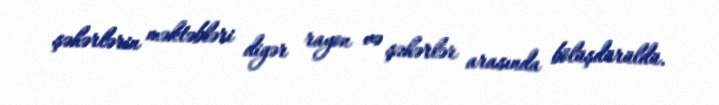
şəhərlərin məktəbləri digər rayon və şəhərlər arasında bölüşdürüldü.